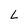
Character: L